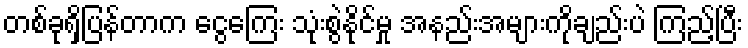
တစ်ခုရှိပြန်တာက ငွေကြေး သုံးစွဲနိုင်မှု အနည်းအများကိုချည်းပဲ ကြည့်ပြီး